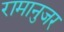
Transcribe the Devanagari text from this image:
रामानुजर